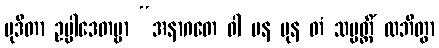
မုဒိတာ ဥပ္ပါဒေတဗ္ဗာ “အနာဂတေ ဝါ ပန ပုန တံ သမ္ပတ္တိံ လဘိတွာ